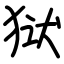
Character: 狱